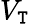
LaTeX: V_{\mathtt{T}}